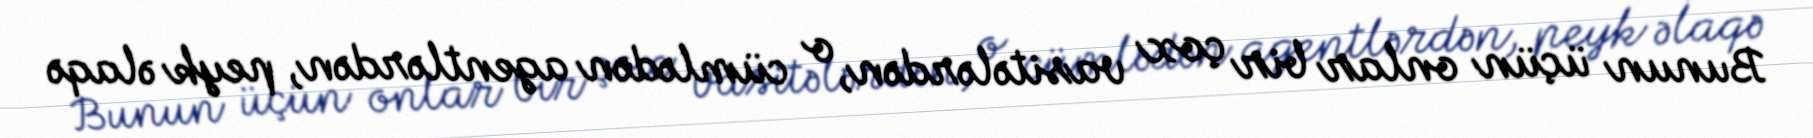
Bunun üçün onlar bir çox vasitələrdən, o cümlədən agentlərdən, peyk əlaqə